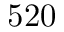
5 2 0